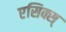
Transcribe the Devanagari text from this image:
एसिक्स्